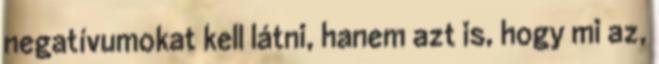
negatívumokat kell látni, hanem azt is, hogy mi az,